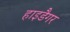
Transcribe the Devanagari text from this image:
हाइडैगर